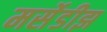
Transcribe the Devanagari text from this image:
मर्सेडीझ